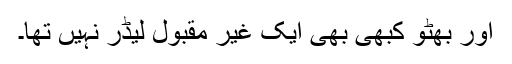
اور بھٹو کبھی بھی ایک غیر مقبول لیڈر نہیں تھا۔